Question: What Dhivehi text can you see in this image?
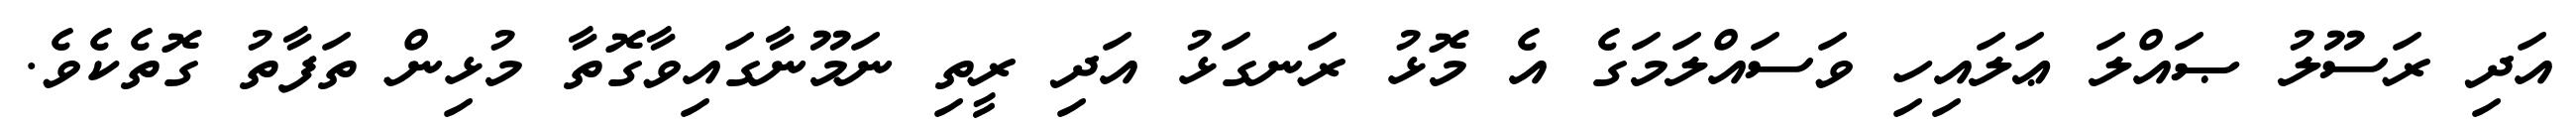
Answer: އަދި ރަސޫލު ޞައްލަ ޢަލައިހި ވަސައްލަމަގެ އެ މޮޅު ރަނގަޅު އަދި ރީތި ނަމޫނާގައިވާގޮތާ މުޅިން ތަފާތު ގޮތެކެވެ.